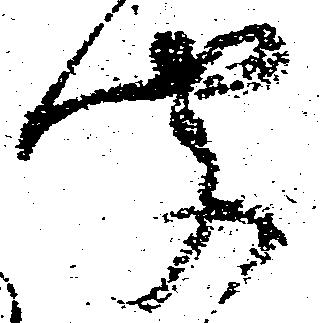
聞